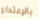
بالإعتداء